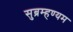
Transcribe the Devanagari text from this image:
सुब्रम्हण्यम